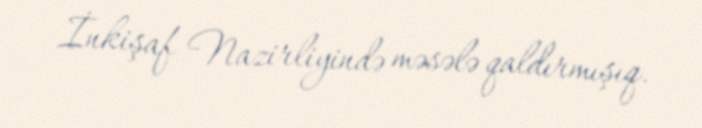
İnkişaf Nazirliyində məsələ qaldırmışıq.